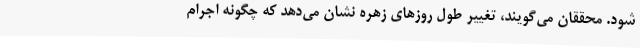
شود. محققان می‌گویند، تغییر طول روزهای زهره نشان می‌دهد که چگونه اجرام